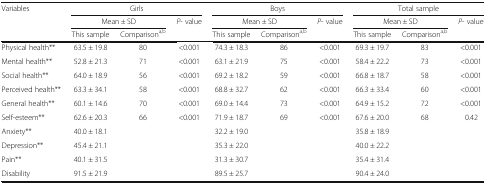
<table><thead><tr><td rowspan="3"><b>Variables</b></td><td colspan="3"><b>Girls</b></td><td colspan="3"><b>Boys</b></td><td colspan="3"><b>Total sample</b></td></tr><tr><td colspan="2"><b>Mean ± SD</b></td><td><b><i>P</i>- value</b></td><td colspan="2"><b>Mean ± SD</b></td><td><b><i>P</i>- value</b></td><td colspan="2"><b>Mean ± SD</b></td><td><b><i>P</i>- value</b></td></tr><tr><td><b>This sample</b></td><td><b>Comparison<sup>a,b</sup></b></td><td></td><td><b>This sample</b></td><td><b>Comparison<sup>a,b</sup></b></td><td></td><td><b>This sample</b></td><td><b>Comparison<sup>a,b</sup></b></td><td></td></tr></thead><tbody><tr><td>Physical health**</td><td>63.5 ± 19.8</td><td>80</td><td>&lt;0.001</td><td>74.3 ± 18.3</td><td>86</td><td>&lt;0.001</td><td>69.3 ± 19.7</td><td>83</td><td>&lt;0.001</td></tr><tr><td>Mental health**</td><td>52.8 ± 21.3</td><td>71</td><td>&lt;0.001</td><td>63.1 ± 21.9</td><td>75</td><td>&lt;0.001</td><td>58.4 ± 22.2</td><td>73</td><td>&lt;0.001</td></tr><tr><td>Social health**</td><td>64.0 ± 18.9</td><td>56</td><td>&lt;0.001</td><td>69.2 ± 18.2</td><td>59</td><td>&lt;0.001</td><td>66.8 ± 18.7</td><td>58</td><td>&lt;0.001</td></tr><tr><td>Perceived health**</td><td>63.3 ± 34.1</td><td>58</td><td>&lt;0.001</td><td>68.8 ± 32.7</td><td>62</td><td>&lt;0.001</td><td>66.3 ± 33.4</td><td>60</td><td>&lt;0.001</td></tr><tr><td>General health**</td><td>60.1 ± 14.6</td><td>70</td><td>&lt;0.001</td><td>69.0 ± 14.4</td><td>73</td><td>&lt;0.001</td><td>64.9 ± 15.2</td><td>72</td><td>&lt;0.001</td></tr><tr><td>Self-esteem**</td><td>62.6 ± 20.3</td><td>66</td><td>&lt;0.001</td><td>71.9 ± 18.7</td><td>69</td><td>&lt;0.001</td><td>67.6 ± 20.0</td><td>68</td><td>0.42</td></tr><tr><td>Anxiety**</td><td>40.0 ± 18.1</td><td></td><td></td><td>32.2 ± 19.0</td><td></td><td></td><td>35.8 ± 18.9</td><td></td><td></td></tr><tr><td>Depression**</td><td>45.4 ± 21.1</td><td></td><td></td><td>35.3 ± 22.0</td><td></td><td></td><td>40.0 ± 22.2</td><td></td><td></td></tr><tr><td>Pain**</td><td>40.1 ± 31.5</td><td></td><td></td><td>31.3 ± 30.7</td><td></td><td></td><td>35.4 ± 31.4</td><td></td><td></td></tr><tr><td>Disability</td><td>91.5 ± 21.9</td><td></td><td></td><td>89.5 ± 25.7</td><td></td><td></td><td>90.4 ± 24.0</td><td></td><td></td></tr></tbody></table>